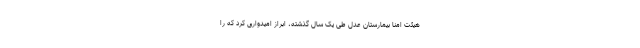
هیئت امنا بیمارستان عدل طی یک سال گذشته، ابراز امیدواری کرد که را